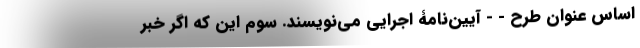
اساس عنوان طرح - - آیین‌نامۀ اجرایی می‌نویسند. سوم این که اگر خبر